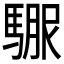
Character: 𲋻